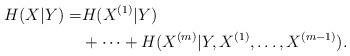
LaTeX: \begin{align*}H(X|Y)=&H(X^{(1)}|Y)\\&+\dots+H(X^{(m)}|Y,X^{(1)},\dots,X^{(m-1)}).\end{align*}